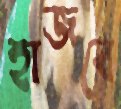
হাজবে